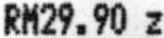
RM29.90 Z